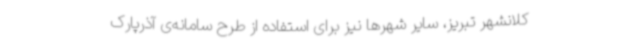
کلانشهر تبریز، سایر شهرها نیز برای استفاده از طرح سامانه‌ی آذرپارک